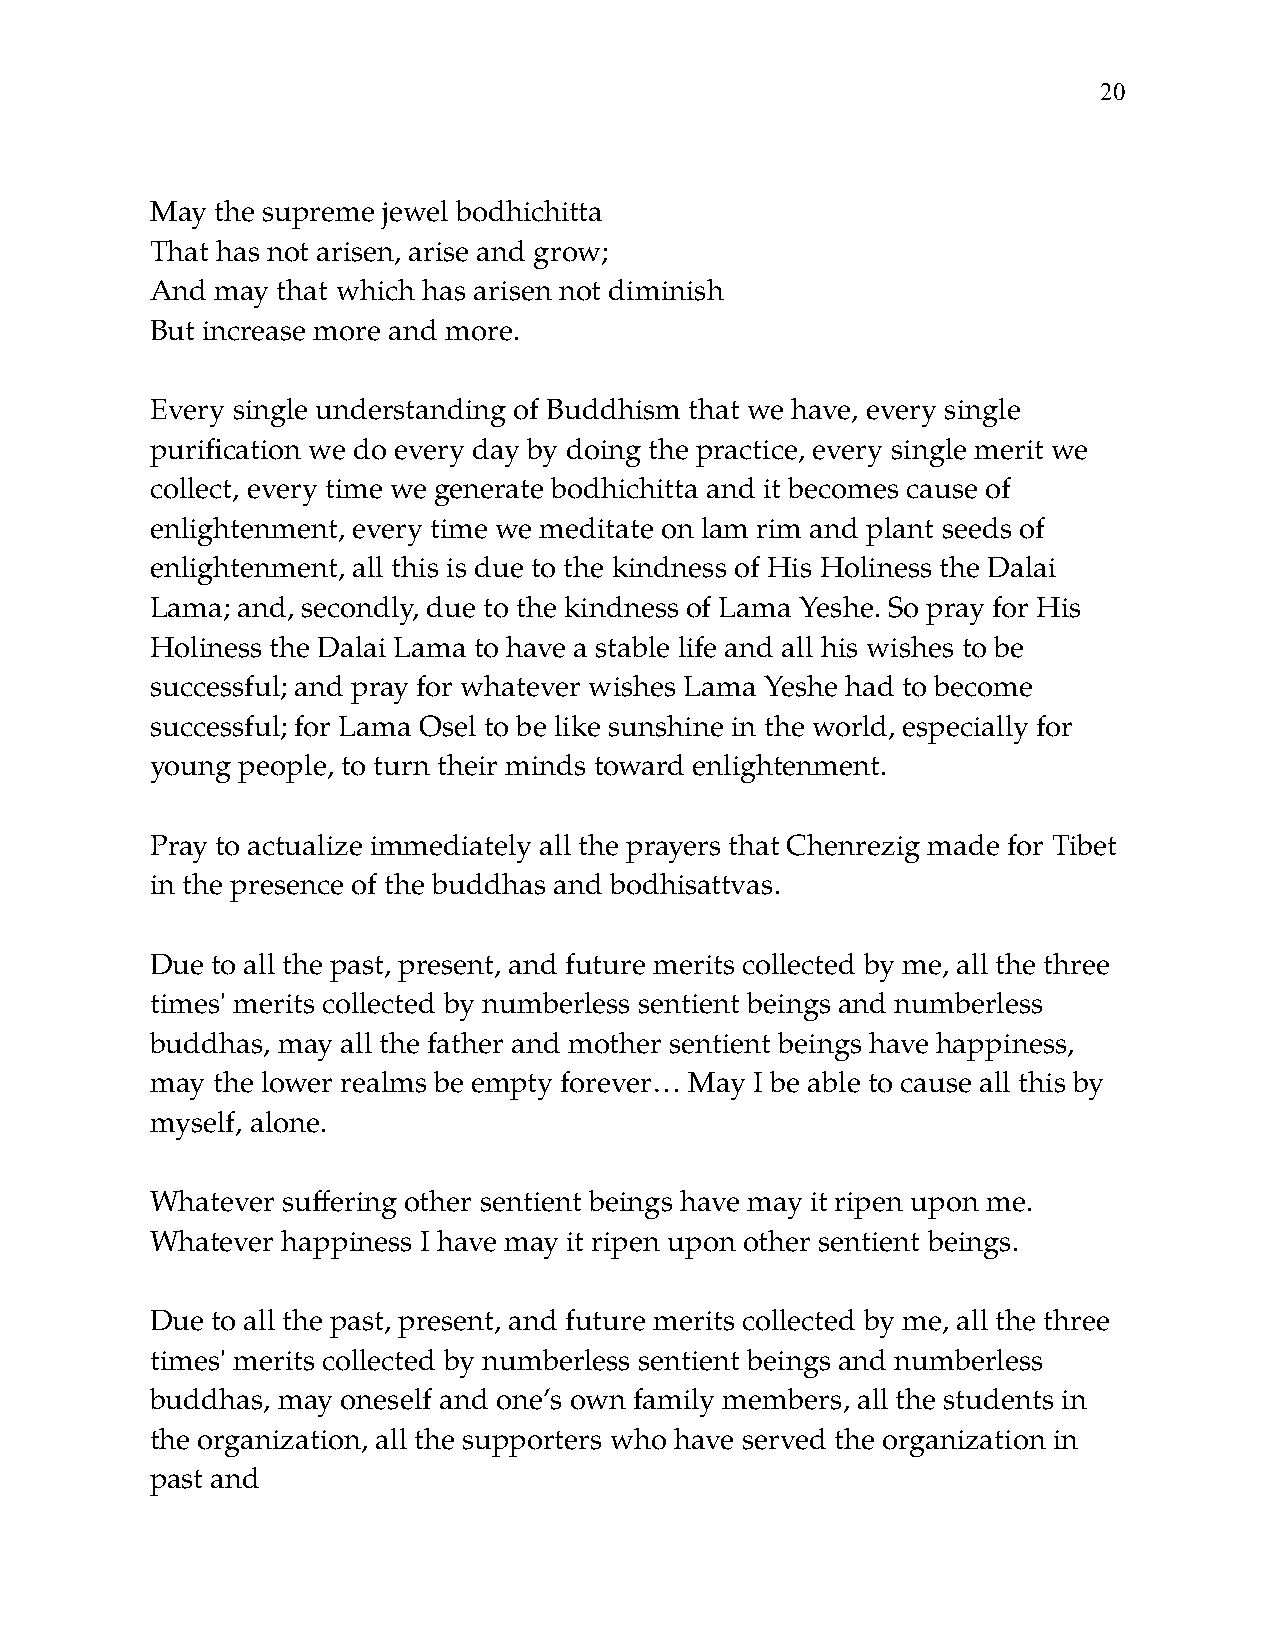
!20
 May the supreme jewel bodhichitta
 That has not arisen, arise and grow;
 And may that which has arisen not diminish
 But increase more and more.
 Every single understanding of Buddhism that we have, every single
 purification we do every day by doing the practice, every single merit we
 collect, every time we generate bodhichitta and it becomes cause of
 enlightenment, every time we meditate on lam rim and plant seeds of
 enlightenment, all this is due to the kindness of His Holiness the Dalai
 Lama; and, secondly, due to the kindness of Lama Yeshe. So pray for His
 Holiness the Dalai Lama to have a stable life and all his wishes to be
 successful; and pray for whatever wishes Lama Yeshe had to become
 successful; for Lama Osel to be like sunshine in the world, especially for
 young people, to turn their minds toward enlightenment.
 Pray to actualize immediately all the prayers that Chenrezig made for Tibet
 in the presence of the buddhas and bodhisattvas.
 Due to all the past, present, and future merits collected by me, all the three
 times' merits collected by numberless sentient beings and numberless
 buddhas, may all the father and mother sentient beings have happiness,
 may the lower realms be empty forever… May I be able to cause all this by
 myself, alone.
 Whatever suffering other sentient beings have may it ripen upon me.
 Whatever happiness I have may it ripen upon other sentient beings.
 Due to all the past, present, and future merits collected by me, all the three
 times' merits collected by numberless sentient beings and numberless
 buddhas, may oneself and one’s own family members, all the students in
 the organization, all the supporters who have served the organization in
 past and